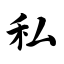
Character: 私